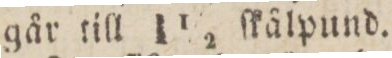
går till 1 1/2 ſkålpund.